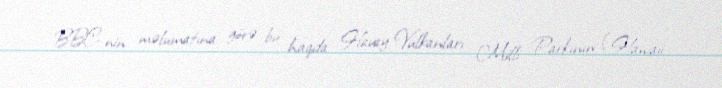
BBC-nin məlumatına görə bu haqda Havay Vulkanları Milli Parkının (Hawaii